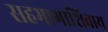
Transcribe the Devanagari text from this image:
सहभागाशिवाय